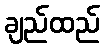
ချည်ထည်